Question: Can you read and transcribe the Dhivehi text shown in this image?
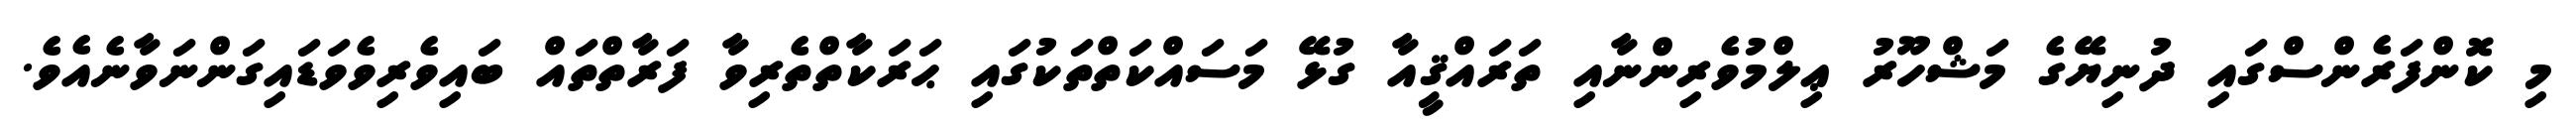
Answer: މި ކޮންފަރެންސްގައި ދުނިޔޭގެ މަޝްހޫރު ޢިލްމުވެރިންނާއި ތަރައްޤީއާ ގުޅޭ މަސައްކަތްތަކުގައި ޙަރަކާތްތެރިވާ ފަރާތްތައް ބައިވެރިވެވަޑައިގަންނަވާނެއެވެ.